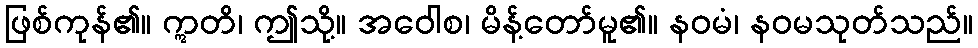
ဖြစ်ကုန်၏။ ဣတိ၊ ဤသို့။ အဝေါစ၊ မိန့်တော်မူ၏။ နဝမံ၊ နဝမသုတ်သည်။